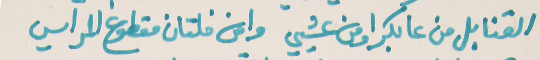
القنابل من عا بكرا ومن عشيي   وامن فلتان مقطوع المراسي